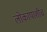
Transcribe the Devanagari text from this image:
लोकांपाशीच